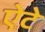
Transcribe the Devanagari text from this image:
ऐटे